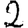
Digit: 2